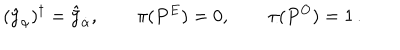
LaTeX: ( \hat { y } _ { \alpha } ) ^ { \dagger } = \hat { \bar { y } } _ { \dot { \alpha } } , \qquad \pi ( P ^ { E } ) = 0 , \qquad \pi ( P ^ { O } ) = 1 \, .